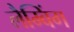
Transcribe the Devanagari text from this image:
लैम्बिंग